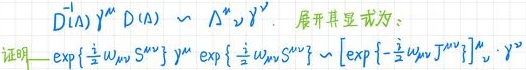
$D^{\dagger}(\Lambda)\gamma^{\mu}D(\Lambda)\sim \Lambda^{\mu}{}_{\nu}\gamma^{\nu}.$ 展开其显式为：
证明 $\exp\left\{\frac{i}{2}\omega_{mn}S^{mn}\right\}\gamma^{\mu}\exp\left\{\frac{i}{2}\omega_{mn}S^{mn}\right\}\sim\left[\exp\left\{-\frac{i}{2}\omega_{mn}J^{mn}\right\}\right]^{\mu}{}_{\nu}\gamma^{\nu}$